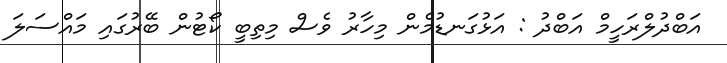
އަބްދުލްރަހީމް އަބްދު : އަޅުގަނޑުމެން މިހާރު ވެސް މިތިބީ ކޯޓުން ބޭރުގައި މައްސަލަ